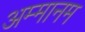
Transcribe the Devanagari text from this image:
अम्मानम